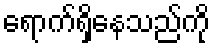
ရောက်ရှိနေသည်ကို